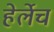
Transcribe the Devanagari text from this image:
हेर्लेच